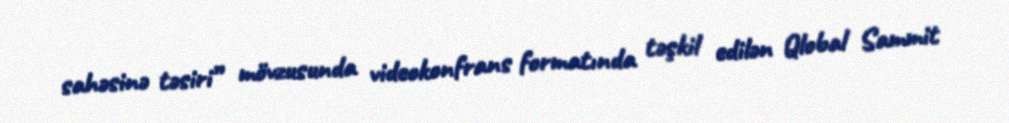
sahəsinə təsiri” mövzusunda videokonfrans formatında təşkil edilən Qlobal Sammit